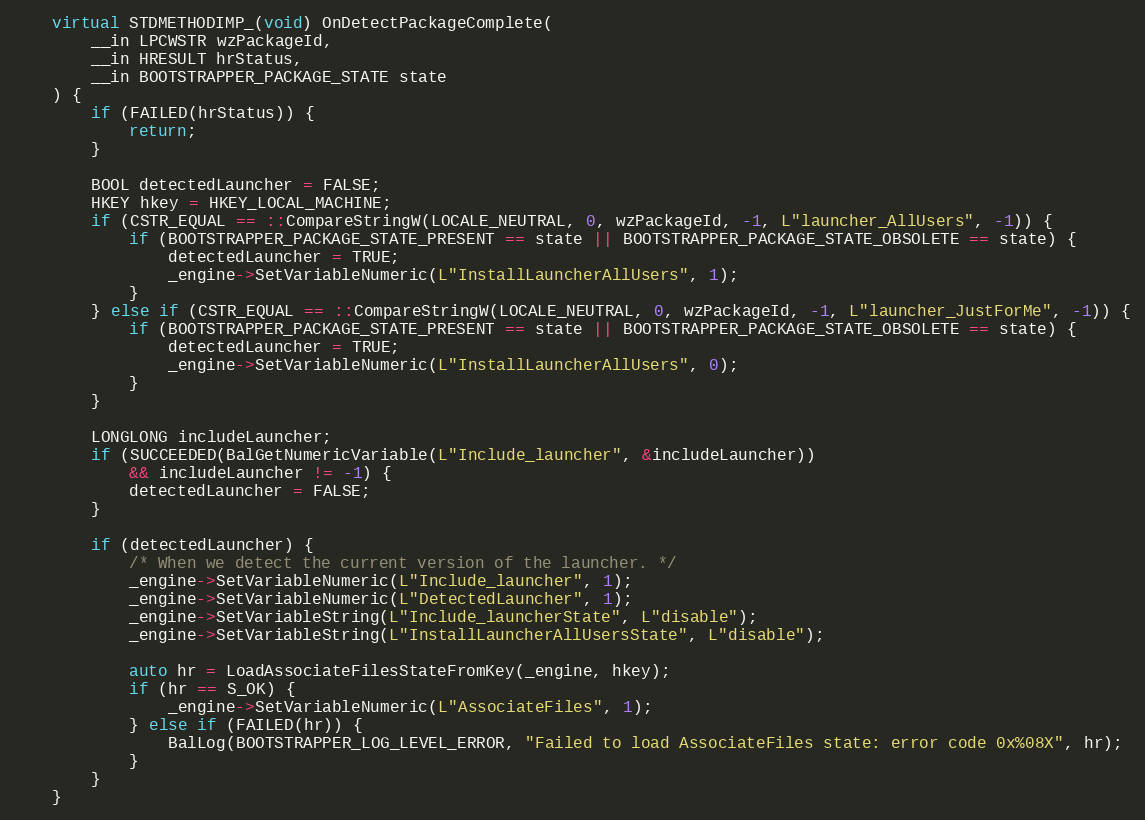
Language: C++
    virtual STDMETHODIMP_(void) OnDetectPackageComplete(
        __in LPCWSTR wzPackageId,
        __in HRESULT hrStatus,
        __in BOOTSTRAPPER_PACKAGE_STATE state
    ) {
        if (FAILED(hrStatus)) {
            return;
        }

        BOOL detectedLauncher = FALSE;
        HKEY hkey = HKEY_LOCAL_MACHINE;
        if (CSTR_EQUAL == ::CompareStringW(LOCALE_NEUTRAL, 0, wzPackageId, -1, L"launcher_AllUsers", -1)) {
            if (BOOTSTRAPPER_PACKAGE_STATE_PRESENT == state || BOOTSTRAPPER_PACKAGE_STATE_OBSOLETE == state) {
                detectedLauncher = TRUE;
                _engine->SetVariableNumeric(L"InstallLauncherAllUsers", 1);
            }
        } else if (CSTR_EQUAL == ::CompareStringW(LOCALE_NEUTRAL, 0, wzPackageId, -1, L"launcher_JustForMe", -1)) {
            if (BOOTSTRAPPER_PACKAGE_STATE_PRESENT == state || BOOTSTRAPPER_PACKAGE_STATE_OBSOLETE == state) {
                detectedLauncher = TRUE;
                _engine->SetVariableNumeric(L"InstallLauncherAllUsers", 0);
            }
        }

        LONGLONG includeLauncher;
        if (SUCCEEDED(BalGetNumericVariable(L"Include_launcher", &includeLauncher))
            && includeLauncher != -1) {
            detectedLauncher = FALSE;
        }

        if (detectedLauncher) {
            /* When we detect the current version of the launcher. */
            _engine->SetVariableNumeric(L"Include_launcher", 1);
            _engine->SetVariableNumeric(L"DetectedLauncher", 1);
            _engine->SetVariableString(L"Include_launcherState", L"disable");
            _engine->SetVariableString(L"InstallLauncherAllUsersState", L"disable");

            auto hr = LoadAssociateFilesStateFromKey(_engine, hkey);
            if (hr == S_OK) {
                _engine->SetVariableNumeric(L"AssociateFiles", 1);
            } else if (FAILED(hr)) {
                BalLog(BOOTSTRAPPER_LOG_LEVEL_ERROR, "Failed to load AssociateFiles state: error code 0x%08X", hr);
            }
        }
    }